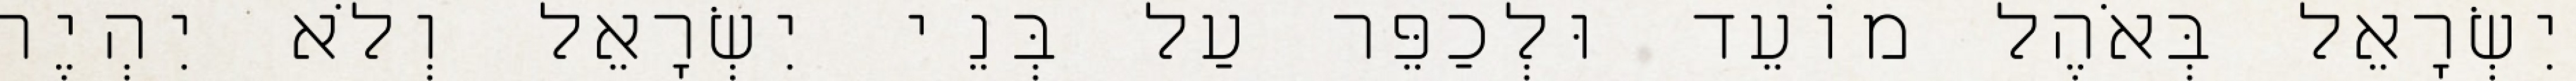
יִשְׂרָאֵל בְּאֹהֶל מוֹעֵד וּלְכַפֵּר עַל בְּנֵי יִשְׂרָאֵל וְלֹא יִהְיֶה